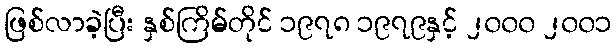
ဖြစ်လာခဲ့ပြီး နှစ်ကြိမ်တိုင် ၁၉၇၈ ၁၉၇၉နှင့် ၂၀၀၀ ၂၀၀၁